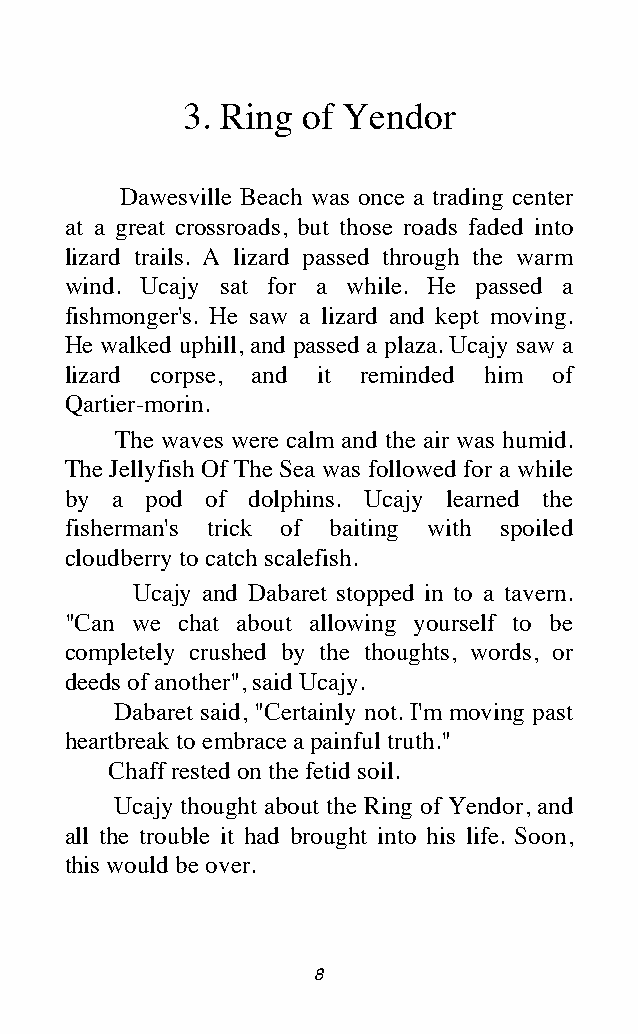
3. Ring of Yendor
 Dawesville Beach was once a trading center
 at a great crossroads, but those roads faded into
 lizard trails. A lizard passed through the warm
 wind. Ucajy sat for a while. He passed a
 fishmonger's. He saw a lizard and kept moving.
 He walked uphill, and passed a plaza. Ucajy saw a
 lizard corpse, and it reminded him of
 Qartier-morin.
 The waves were calm and the air was humid.
 The Jellyfish Of The Sea was followed for a while
 by a  pod of dolphins. Ucajy learned the
 fisherman's trick of baiting with spoiled
 cloudberry to catch scalefish.
 Ucajy and Dabaret stopped in to a tavern.
 "Can we chat about allowing yourself to be
 completely crushed by the thoughts, words, or
 deeds of another", said Ucajy.
 Dabaret said, "Certainly not. I'm moving past
 heartbreak to embrace a painful truth."
 Chaff rested on the fetid soil.
 Ucajy thought about the Ring of Yendor, and
 all the trouble it had brought into his life. Soon,
 this would be over.
 8